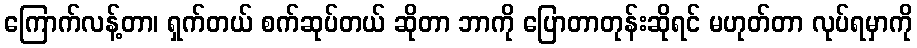
ကြောက်လန့်တာ၊ ရှက်တယ် စက်ဆုပ်တယ် ဆိုတာ ဘာကို ပြောတာတုန်းဆိုရင် မဟုတ်တာ လုပ်ရမှာကို